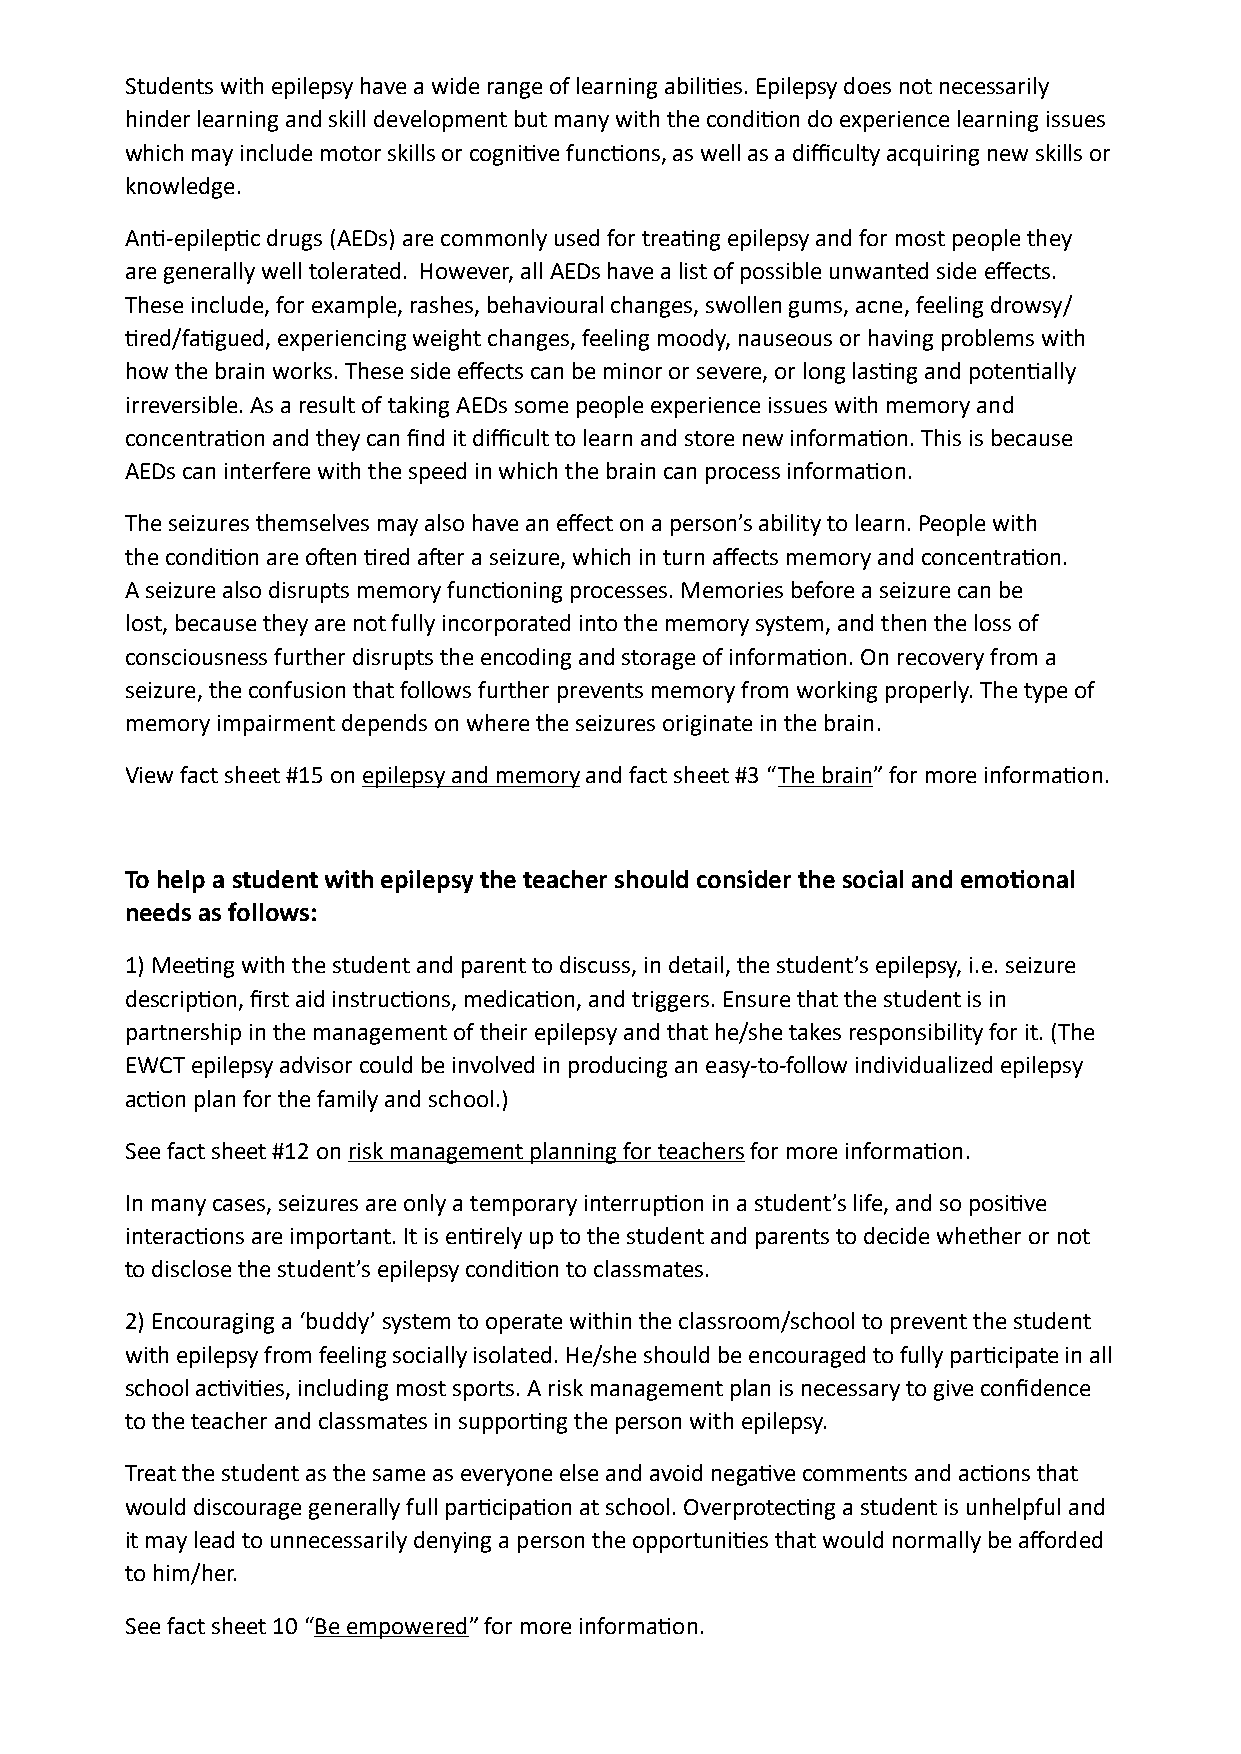
Students with epilepsy have a wide range of learning abilities. Epilepsy does not necessarily
 hinder learning and skill development but many with the condition do experience learning issues
 which may include motor skills or cognitive functions, as well as a difficulty acquiring new skills or
 knowledge.
 Anti-epileptic drugs (AEDs) are commonly used for treating epilepsy and for most people they
 are generally well tolerated. However, all AEDs have a list of possible unwanted side effects.
 These include, for example, rashes, behavioural changes, swollen gums, acne, feeling drowsy/
 tired/fatigued, experiencing weight changes, feeling moody, nauseous or having problems with
 how the brain works. These side effects can be minor or severe, or long lasting and potentially
 irreversible. As a result of taking AEDs some people experience issues with memory and
 concentration and they can find it difficult to learn and store new information. This is because
 AEDs can interfere with the speed in which the brain can process information.
 The seizures themselves may also have an effect on a person’s ability to learn. People with
 the condition are often tired after a seizure, which in turn affects memory and concentration.
 A seizure also disrupts memory functioning processes. Memories before a seizure can be
 lost, because they are not fully incorporated into the memory system, and then the loss of
 consciousness further disrupts the encoding and storage of information. On recovery from a
 seizure, the confusion that follows further prevents memory from working properly. The type of
 memory impairment depends on where the seizures originate in the brain.
 View fact sheet #15 on epilepsy and memory and fact sheet #3 “The brain” for more information.
 To help a student with epilepsy the teacher should consider the social and emotional
 needs as follows:
 1) Meeting with the student and parent to discuss, in detail, the student’s epilepsy, i.e. seizure
 description, first aid instructions, medication, and triggers. Ensure that the student is in
 partnership in the management of their epilepsy and that he/she takes responsibility for it. (The
 EWCT epilepsy advisor could be involved in producing an easy-to-follow individualized epilepsy
 action plan for the family and school.)
 See fact sheet #12 on risk management planning for teachers for more information.
 In many cases, seizures are only a temporary interruption in a student’s life, and so positive
 interactions are important. It is entirely up to the student and parents to decide whether or not
 to disclose the student’s epilepsy condition to classmates.
 2) Encouraging a ‘buddy’ system to operate within the classroom/school to prevent the student
 with epilepsy from feeling socially isolated. He/she should be encouraged to fully participate in all
 school activities, including most sports. A risk management plan is necessary to give confidence
 to the teacher and classmates in supporting the person with epilepsy.
 Treat the student as the same as everyone else and avoid negative comments and actions that
 would discourage generally full participation at school. Overprotecting a student is unhelpful and
 it may lead to unnecessarily denying a person the opportunities that would normally be afforded
 to him/her.
 See fact sheet 10 “Be empowered” for more information.